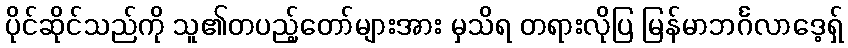
ပိုင်ဆိုင်သည်ကို သူ၏တပည့်တော်များအား မှသိရ တရားလိုပြ မြန်မာဘင်္ဂလာဒေ့ရှ်